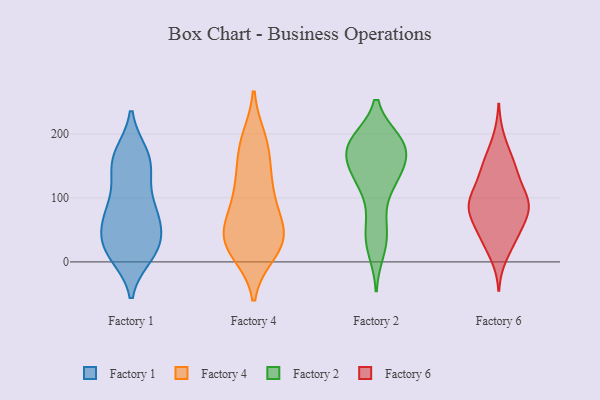
{"axis": {"x": "Revenue (USD Million)", "y": "Value"}, "legend": ["Factory 1", "Factory 2", "Factory 4", "Factory 6"], "data": [{"x": "", "y": 11, "type": "Factory 1"}, {"x": "", "y": 68, "type": "Factory 1"}, {"x": "", "y": 21, "type": "Factory 1"}, {"x": "", "y": 163, "type": "Factory 1"}, {"x": "", "y": 167, "type": "Factory 1"}, {"x": "", "y": 91, "type": "Factory 1"}, {"x": "", "y": 139, "type": "Factory 1"}, {"x": "", "y": 45, "type": "Factory 1"}, {"x": "", "y": 17, "type": "Factory 1"}, {"x": "", "y": 135, "type": "Factory 1"}, {"x": "", "y": 168, "type": "Factory 1"}, {"x": "", "y": 21, "type": "Factory 1"}, {"x": "", "y": 66, "type": "Factory 1"}, {"x": "", "y": 67, "type": "Factory 1"}, {"x": "", "y": 72, "type": "Factory 1"}, {"x": "", "y": 92, "type": "Factory 1"}, {"x": "", "y": 17, "type": "Factory 1"}, {"x": "", "y": 157, "type": "Factory 1"}, {"x": "", "y": 28, "type": "Factory 1"}, {"x": "", "y": 41, "type": "Factory 4"}, {"x": "", "y": 32, "type": "Factory 4"}, {"x": "", "y": 33, "type": "Factory 4"}, {"x": "", "y": 37, "type": "Factory 4"}, {"x": "", "y": 96, "type": "Factory 4"}, {"x": "", "y": 125, "type": "Factory 4"}, {"x": "", "y": 132, "type": "Factory 4"}, {"x": "", "y": 55, "type": "Factory 4"}, {"x": "", "y": 178, "type": "Factory 4"}, {"x": "", "y": 56, "type": "Factory 4"}, {"x": "", "y": 20, "type": "Factory 4"}, {"x": "", "y": 190, "type": "Factory 4"}, {"x": "", "y": 181, "type": "Factory 4"}, {"x": "", "y": 99, "type": "Factory 4"}, {"x": "", "y": 16, "type": "Factory 4"}, {"x": "", "y": 187, "type": "Factory 2"}, {"x": "", "y": 132, "type": "Factory 2"}, {"x": "", "y": 41, "type": "Factory 2"}, {"x": "", "y": 121, "type": "Factory 2"}, {"x": "", "y": 180, "type": "Factory 2"}, {"x": "", "y": 19, "type": "Factory 2"}, {"x": "", "y": 182, "type": "Factory 2"}, {"x": "", "y": 70, "type": "Factory 2"}, {"x": "", "y": 178, "type": "Factory 2"}, {"x": "", "y": 186, "type": "Factory 2"}, {"x": "", "y": 129, "type": "Factory 2"}, {"x": "", "y": 141, "type": "Factory 2"}, {"x": "", "y": 166, "type": "Factory 2"}, {"x": "", "y": 36, "type": "Factory 2"}, {"x": "", "y": 188, "type": "Factory 2"}, {"x": "", "y": 181, "type": "Factory 2"}, {"x": "", "y": 140, "type": "Factory 2"}, {"x": "", "y": 125, "type": "Factory 6"}, {"x": "", "y": 150, "type": "Factory 6"}, {"x": "", "y": 100, "type": "Factory 6"}, {"x": "", "y": 102, "type": "Factory 6"}, {"x": "", "y": 152, "type": "Factory 6"}, {"x": "", "y": 35, "type": "Factory 6"}, {"x": "", "y": 43, "type": "Factory 6"}, {"x": "", "y": 83, "type": "Factory 6"}, {"x": "", "y": 83, "type": "Factory 6"}, {"x": "", "y": 64, "type": "Factory 6"}, {"x": "", "y": 94, "type": "Factory 6"}, {"x": "", "y": 96, "type": "Factory 6"}, {"x": "", "y": 158, "type": "Factory 6"}, {"x": "", "y": 81, "type": "Factory 6"}, {"x": "", "y": 136, "type": "Factory 6"}, {"x": "", "y": 192, "type": "Factory 6"}, {"x": "", "y": 57, "type": "Factory 6"}, {"x": "", "y": 10, "type": "Factory 6"}, {"x": "", "y": 86, "type": "Factory 6"}, {"x": "", "y": 33, "type": "Factory 6"}]}